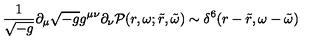
\frac { 1 } { \sqrt { - g } } \partial _ { \mu } \sqrt { - g } g ^ { \mu \nu } \partial _ { \nu } { \cal P } ( r , \omega ; \tilde { r } , \tilde { \omega } ) \sim \delta ^ { 6 } ( r - \tilde { r } , \omega - \tilde { \omega } )